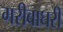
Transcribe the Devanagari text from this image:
गरीबाघरी